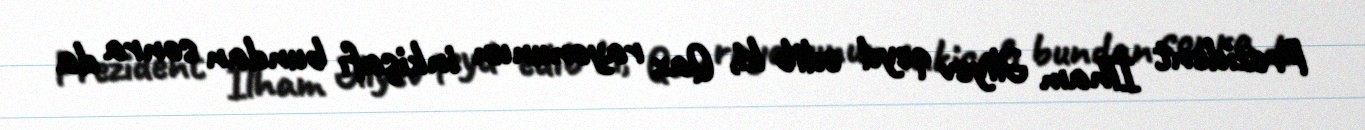
Prezident İlham Əliyev qeyd edib ki, Qax rayonunun inkişafı bundan sonra da